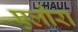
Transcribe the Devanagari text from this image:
एलौरा